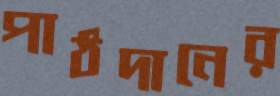
পাঠদানের